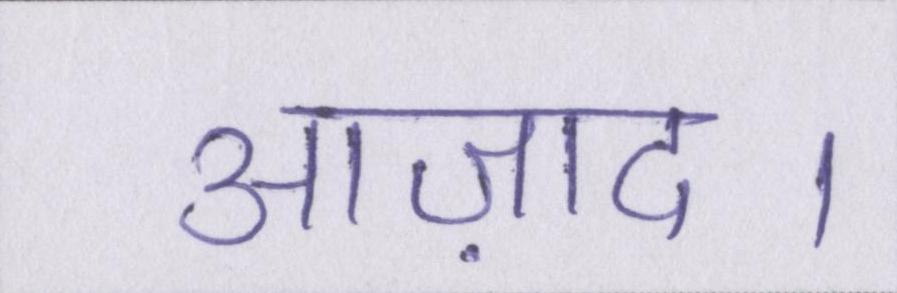
आज़ाद।